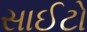
સાઈટો